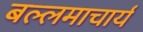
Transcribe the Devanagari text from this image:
बल्लमाचार्य